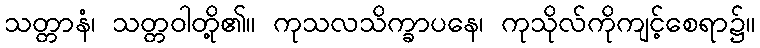
သတ္တာနံ၊ သတ္တဝါတို့၏။ ကုသလသိက္ခာပနေ၊ ကုသိုလ်ကိုကျင့်စေရာ၌။